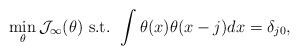
LaTeX: \begin{align*} \min_{\theta} \mathcal{J}_{\infty}(\theta) \hbox{ s.t. } \int \theta(x)\theta(x-j)dx=\delta_{j0}, \end{align*}